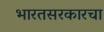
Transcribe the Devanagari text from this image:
भारतसरकारचा